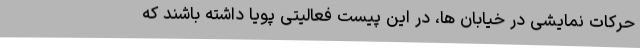
حرکات نمایشی در خیابان ها، در این پیست فعالیتی پویا داشته باشند که